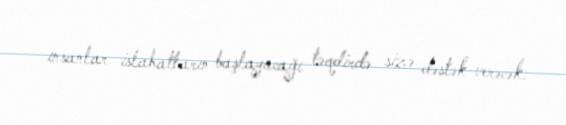
insanlar islahatların başlayacağı təqdirdə sizə dəstək verəcək.